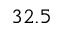
3 2 . 5